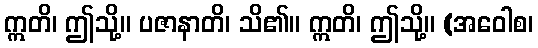
ဣတိ၊ ဤသို့။ ပဇာနာတိ၊ သိ၏။ ဣတိ၊ ဤသို့။ (အဝေါစ၊